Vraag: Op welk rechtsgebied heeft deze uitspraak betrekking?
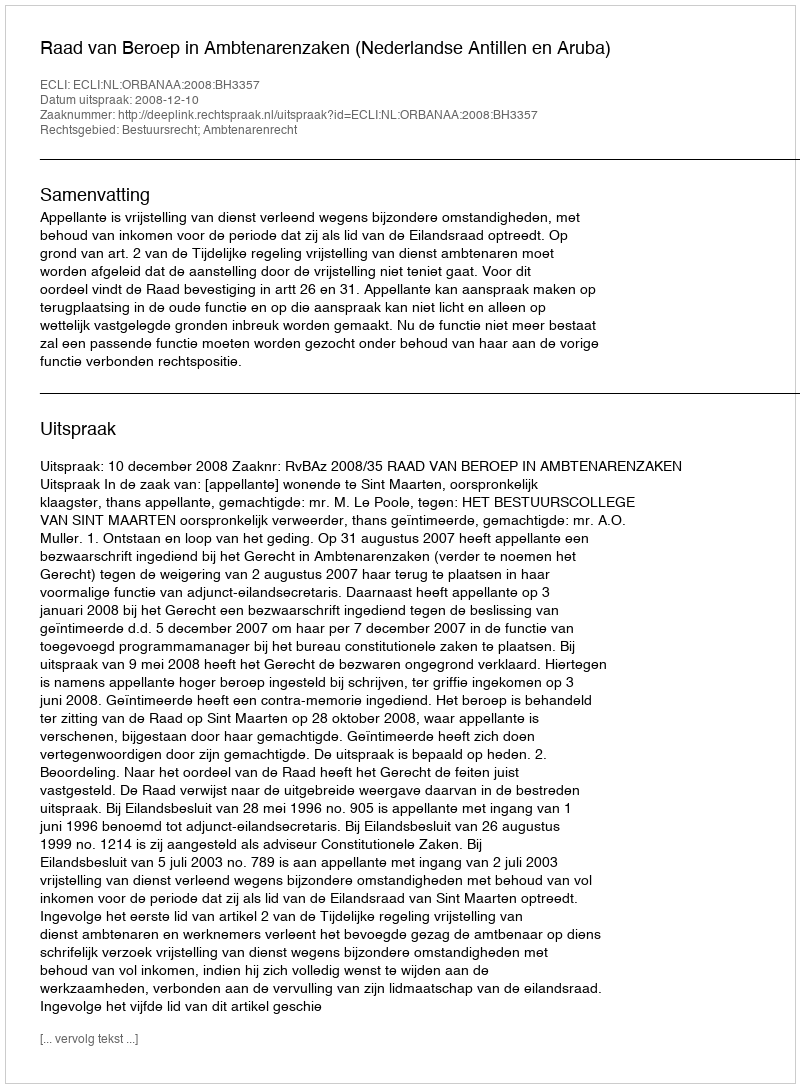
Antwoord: Bestuursrecht; Ambtenarenrecht